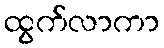
ထွက်လာကာ